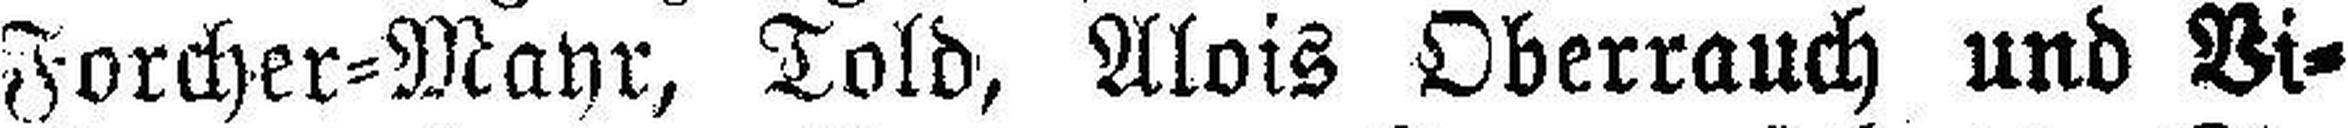
Forcher=Mayr, Told, Alois Oberrauch und Vi¬